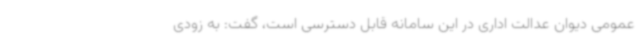
عمومی دیوان عدالت اداری در این سامانه قابل دسترسی است، گفت: به زودی